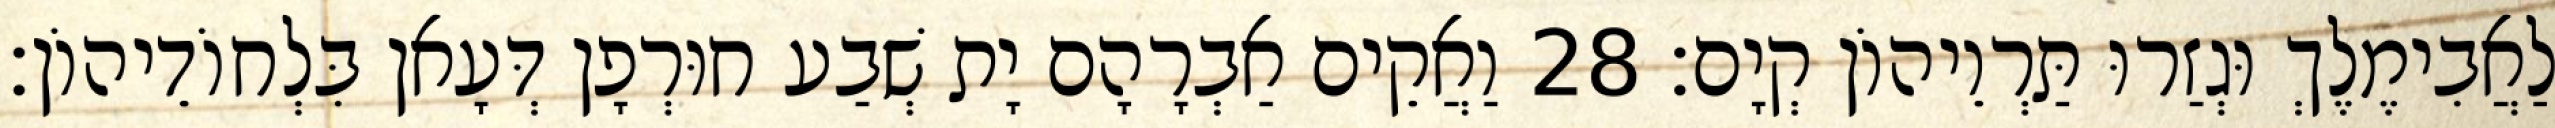
לַאֲבִימֶלֶךְ וּגְזַרוּ תַּרְוֵיהוֹן קְיָם׃ 28 וַאֲקֵים אַבְרָהָם יָת שְׁבַע חוּרְפָן דְּעָאן בִּלְחוֹדֵיהוֹן׃